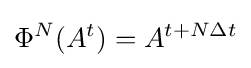
\Phi ^{N}(A^{t})=A^{t+N\Delta t}